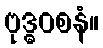
ဗုဒ္ဓဝစနံ။